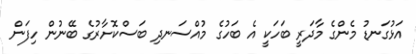
އަޅުގަނޑު މެންގެ މާދަރީ ބަހަކީ އެ ބަހުގެ މުއްސަނދި ބަސްކޮށާރުގެ ބޭނުން ހިފަން